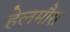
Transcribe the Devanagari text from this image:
हेलमौस